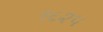
૧૬૨૫